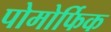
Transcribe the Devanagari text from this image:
पोमोर्फिक